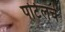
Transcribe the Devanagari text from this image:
पोर्टलचे